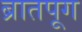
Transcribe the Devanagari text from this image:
ब्रातपूग